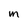
Character: M